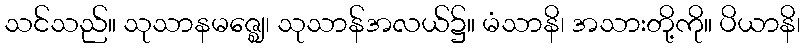
သင်သည်။ သုသာနမဇ္ဈေ၊ သုသာန်အလယ်၌။ မံသာနိ၊ အသားတို့ကို။ ပိယာနိ၊